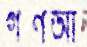
গণআ